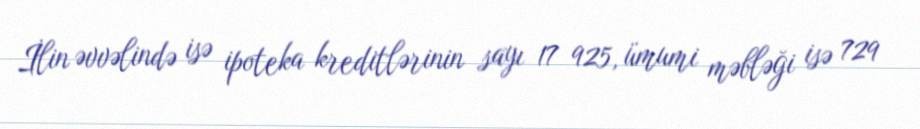
İlin əvvəlində isə ipoteka kreditlərinin sayı 17 925, ümumi məbləği isə 729